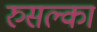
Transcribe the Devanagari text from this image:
रुसल्का